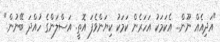
"އަދިއެއް ނޫން... އެކަމަކު އަހަރެން ކަމަކު ކިޔަންވެފަ އޮތީ. އަސްލަންގެ ހުއްދަ ބޭނުން."